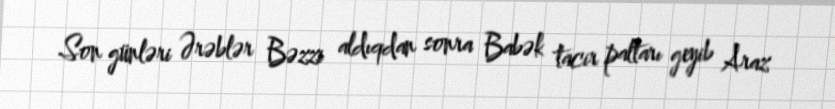
Son günləri Ərəblər Bəzzi aldıqdan sonra Babək tacir paltarı geyib Araz